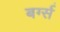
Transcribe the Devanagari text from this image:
बर्ग्स